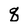
Character: q